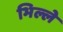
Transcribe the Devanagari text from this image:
भिल्ले